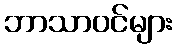
ဘာသာဝင်များ